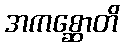
အကစ္ဆောတိ